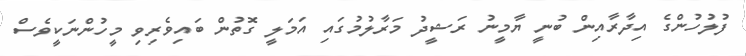
ފުލުހުންގެ އިދާރާއިން ބުނީ ޔާމީނު ރަޝީދު މަރާލުމުގައި އަމަލީ ގޮތުން ބައިވެރިވި މީހުންނަކީވެސް